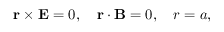
{ \mathbf { r } } \times { \mathbf { E } } = 0 , \quad { \mathbf { r } } \cdot { \mathbf { B } } = 0 , \quad r = a ,